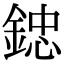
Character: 𨨩